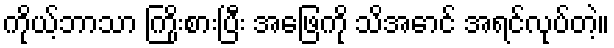
ကိုယ့်ဘာသာ ကြိုးစားပြီး အဖြေကို သိအောင် အရင်လုပ်တဲ့။